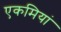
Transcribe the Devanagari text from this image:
एकमियां